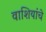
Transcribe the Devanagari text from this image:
वाशियांचे